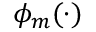
\phi _ { m } ( \cdot )